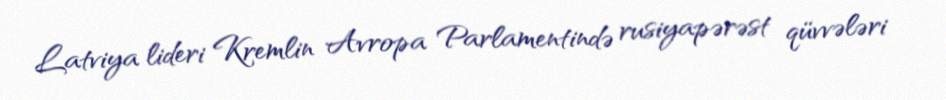
Latviya lideri Kremlin Avropa Parlamentində rusiyapərəst qüvvələri